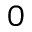
0